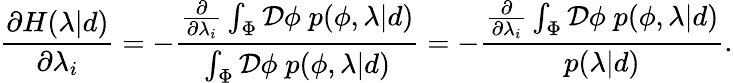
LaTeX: \frac{\partial H(\lambda|d)}{\partial\lambda_{i}}=-\frac{\frac{\partial}{\partial\lambda_{i}}\int_{\Phi}\mathcal{D}\phi\; p(\phi,\lambda|d)}{\int_{\Phi}\mathcal{D}\phi\; p(\phi,\lambda|d)}=-\frac{\frac{\partial}{\partial\lambda_{i}}\int_{\Phi}\mathcal{D}\phi\; p(\phi,\lambda|d)}{p(\lambda|d)}.